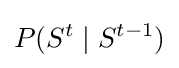
P(S^{t}\mid S^{t-1})